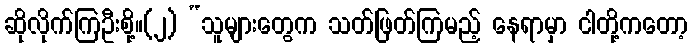
ဆိုလိုက်ကြဦးစို့။(၂) “သူများတွေက သတ်ဖြတ်ကြမည့် နေရာမှာ ငါတို့ကတော့